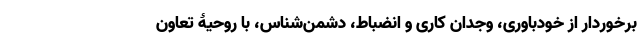
برخوردار از خودباوری، وجدان کاری و انضباط، دشمن­شناس، با روحیۀ تعاون